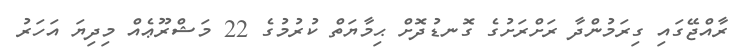
ރާއްޖޭގައި ގިރަމުންދާ ރަށްރަށުގެ ގޮނޑުދޮށް ޙިމާޔަތް ކުރުމުގެ 22 މަޝްރޫޢެއް މިދިޔަ އަހަރު